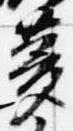
夢